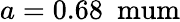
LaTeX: a=0.68~\mathrm{\ mum}